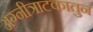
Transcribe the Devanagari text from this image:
अग्नीत्राटकातुन